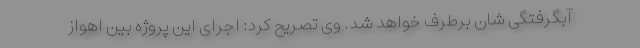
آبگرفتگی شان برطرف خواهد شد. وی تصریح کرد: اجرای این پروژه بین اهواز